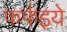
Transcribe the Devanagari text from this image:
फफ॑इये